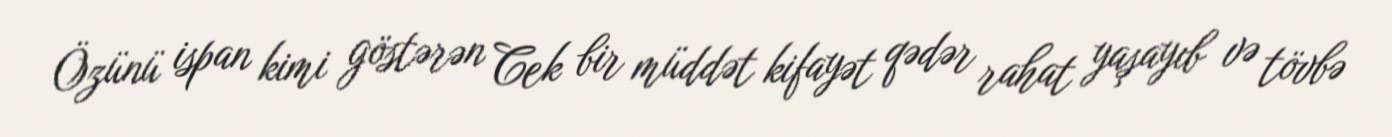
Özünü ispan kimi göstərən Cek bir müddət kifayət qədər rahat yaşayıb və tövbə